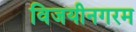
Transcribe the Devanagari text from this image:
विजयीनगरम